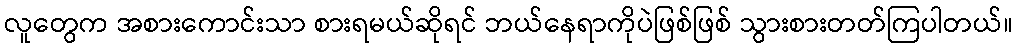
လူတွေက အစားကောင်းသာ စားရမယ်ဆိုရင် ဘယ်နေရာကိုပဲဖြစ်ဖြစ် သွားစားတတ်ကြပါတယ်။